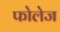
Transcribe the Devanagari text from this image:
फोलेज